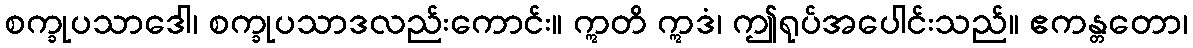
စက္ခုပသာဒေါ၊ စက္ခုပသာဒလည်းကောင်း။ ဣတိ ဣဒံ၊ ဤရုပ်အပေါင်းသည်။ ဧကန္တတော၊